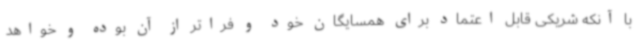
با آنکه شریکی قابل اعتماد برای همسایگان خود و فراتر از آن بوده و خواهد